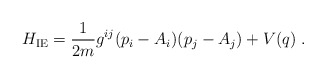
\begin{align*}H_{\rm IE}=\frac{1}{2m}g^{ij}(p_i-A_i)(p_j-A_j)+V(q) \;.\end{align*}